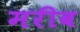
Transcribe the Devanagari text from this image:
मरीब